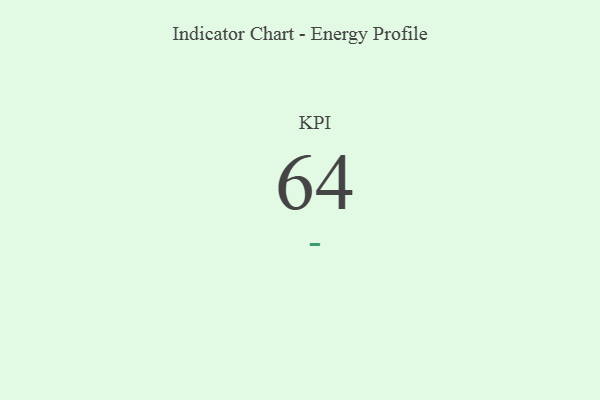
{"axis": {"x": "KPI", "y": "Value"}, "legend": [""], "data": [{"x": "KPI", "y": 64, "type": ""}]}